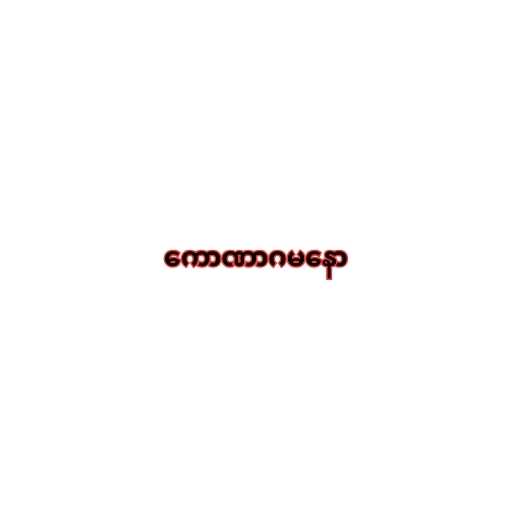
ကောဏာဂမနော